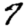
Digit: 7